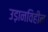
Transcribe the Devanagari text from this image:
उड़ानविहीन